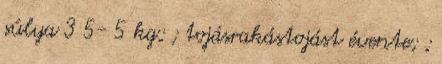
súlya 3 5- 5 kg; ; tojásrakástojást évente; ;